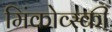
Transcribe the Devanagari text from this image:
मिंकोव्स्की